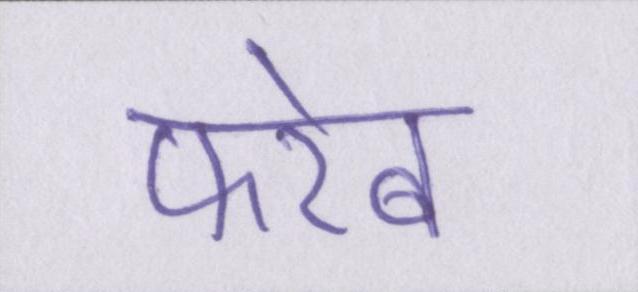
फरेब